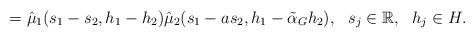
LaTeX: \begin{align*}=\hat\mu_1(s_1-s_2, h_1-h_2)\hat\mu_2(s_1-a s_2, h_1-\tilde\alpha_{G} h_2), \ \ s_j\in \mathbb{R}, \ \ h_j\in H.\end{align*}